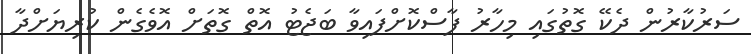
ސަރުކާރުން ދެކޭ ގޮތުގައި މިހާރު ފާސްކޮށްފައިވާ ބަޖެޓު އޮތް ގޮތަށް އޮވެގެން ކުރިޔަށްދާ